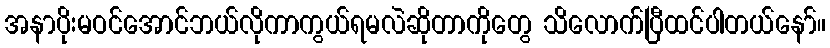
အနာပိုးမဝင်အောင်ဘယ်လိုကာကွယ်ရမလဲဆိုတာကိုတွေ သိလောက်ပြီထင်ပါတယ်နော်။